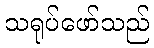
သရုပ်ဖော်သည်